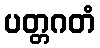
ပတ္တဂတံ